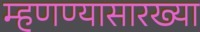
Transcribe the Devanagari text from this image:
म्हणण्यासारख्या